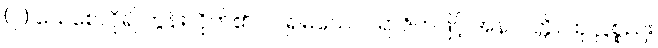
(၇) သေစေလို၍ တွန်းလိုက်၏။ လဲ၍မသေ၊ ပါရာဇိကဖြင့် အနာပတ္တိ။ ထုလ္လစ္စည်း